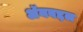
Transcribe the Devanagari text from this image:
अॅनबद्दल